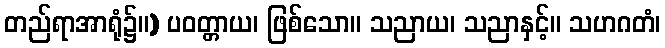
တည်ရာအာရုံ၌။) ပဝတ္တာယ၊ ဖြစ်သော။ သညာယ၊ သညာနှင့်။ သဟဂတံ၊